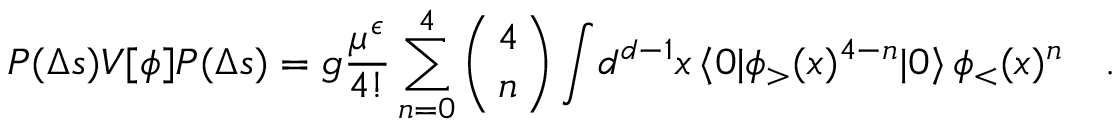
{ P ( \Delta s ) V [ \phi ] P ( \Delta s ) } = { g } { \frac { \mu ^ { \epsilon } } { 4 ! } } \sum _ { n = 0 } ^ { 4 } \left( { 4 \atop n } \right) \int \! d ^ { d - 1 } x \, \langle 0 | \phi _ { > } ( x ) ^ { 4 - n } | 0 \rangle \, \phi _ { < } ( x ) ^ { n } \quad .